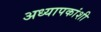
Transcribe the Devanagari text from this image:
अध्यापकांशी